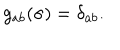
LaTeX: g _ { a b } ( \sigma ) = \delta _ { a b } .